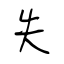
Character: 失